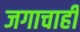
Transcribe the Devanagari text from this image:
जगाचाही